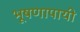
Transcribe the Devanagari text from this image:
भूषणापायी